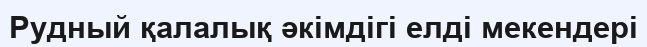
Рудный қалалық әкімдігі елді мекендері